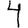
Digit: 4